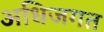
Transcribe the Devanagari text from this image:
अधिजगत